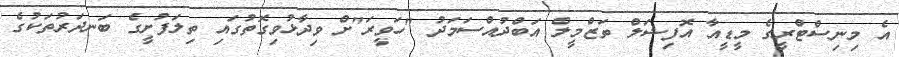
އެ މިނިސްޓްރީގެ މީޑީއާ އޮފިޝަލް ތަޒްމީލް އަބްދުއްސަމަދު "ހަވީރަ"ށް ވިދާޅުވިގޮތުގައި ތިލަފުށީގެ ބަނދަރުތަކުގެ